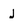
Character: j